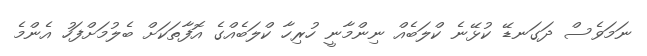
ނަމަވެސް ދަގަނޑޭ ކުޅޭނެ ކްލަބެއް ނިންމާނީ ހުރިހާ ކްލަބެއްގެ އޮފާތަކަށް ބެލުމަށްފަހު އެންމެ